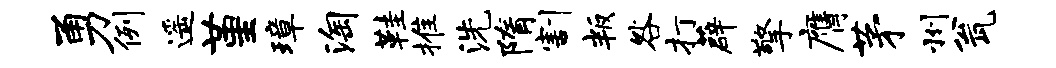
勇例遥堇璋淘鞋推洗隋割叛咎打薜擎膺茅州瓮